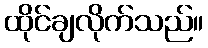
ထိုင်ချလိုက်သည်။